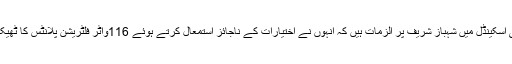
نیب زرائع کے مطابق صاف پانی کمپنی اسکینڈل میں شہباز شریف پر الزمات ہیں کہ انہوں نے اختیارات کے ناجائز استمعال کرتے ہوئے 116واٹر فلٹریشن پلانٹس کا ٹھیکہ مہنگے داموں دینے کی منظوری دی۔